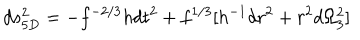
d s _ { 5 D } ^ { 2 } = - f ^ { - 2 / 3 } h d t ^ { 2 } + f ^ { 1 / 3 } [ h ^ { - 1 } d r ^ { 2 } + r ^ { 2 } d \Omega _ { 3 } ^ { 2 } ]